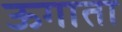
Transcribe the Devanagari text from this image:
ऊगाता